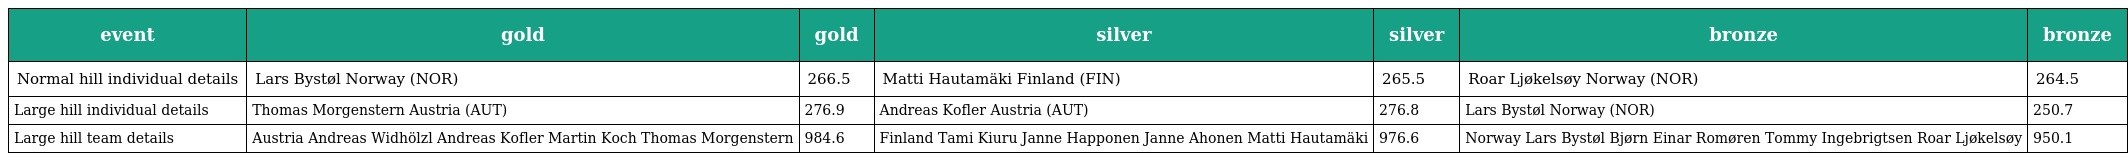
| event | gold | gold | silver | silver | bronze | bronze |
 | --- | --- | --- | --- | --- | --- | --- |
 | Normal hill individual details | Lars Bystøl Norway (NOR) | 266.5 | Matti Hautamäki Finland (FIN) | 265.5 | Roar Ljøkelsøy Norway (NOR) | 264.5 |
 | Large hill individual details | Thomas Morgenstern Austria (AUT) | 276.9 | Andreas Kofler Austria (AUT) | 276.8 | Lars Bystøl Norway (NOR) | 250.7 |
 | Large hill team details | Austria Andreas Widhölzl Andreas Kofler Martin Koch Thomas Morgenstern | 984.6 | Finland Tami Kiuru Janne Happonen Janne Ahonen Matti Hautamäki | 976.6 | Norway Lars Bystøl Bjørn Einar Romøren Tommy Ingebrigtsen Roar Ljøkelsøy | 950.1 |